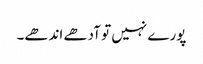
پورے نہیں تو آدھے اندھے۔